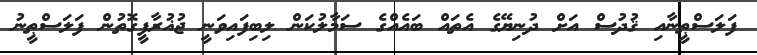
ފަލަސްޠީނާއި ޤުދުސް އަށް ދުނިޔޭގެ އެތައް ބައެއްގެ ސަމާލުކަން ލިބިފައިވަނީ ޖުޣުރާފީގޮތުން ފަލަސްޠީނު